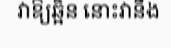
វាឱ្យឆ្អិន នោះវានឹង